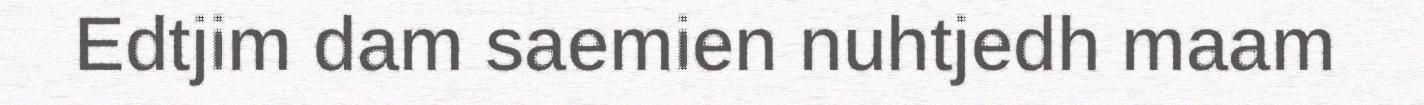
Edtjim dam saemien nuhtjedh maam